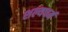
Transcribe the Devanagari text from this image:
शल्यचर्म